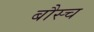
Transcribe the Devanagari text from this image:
बौस्च